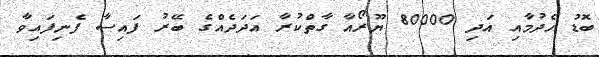
ބޮޑު ހެދުމާއި އަދި 80000 ޔޫރޯއާ ގާތްކުރާ އަދަދެއްގެ ބޭރު ފައިސާ ފެނިފައިވާ